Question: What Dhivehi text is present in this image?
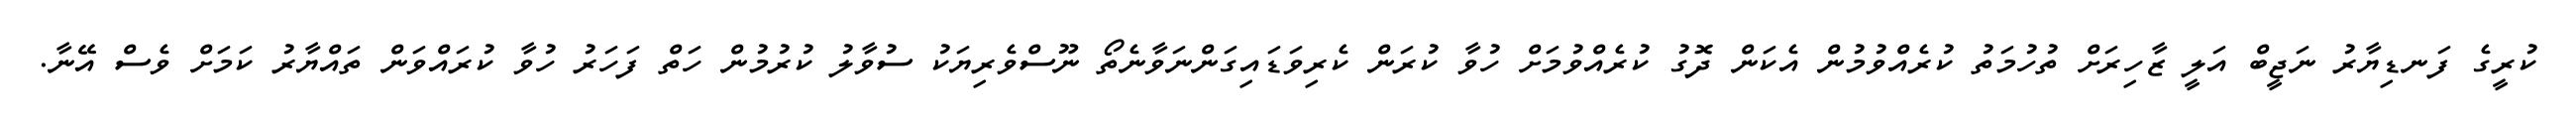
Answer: ކުރީގެ ފަނޑިޔާރު ނަޖީބް އަލީ ޒާހިރަށް ތުހުމަތު ކުރެއްވުމުން އެކަން ދޮގު ކުރެއްވުމަށް ހުވާ ކުރަން ކެރިވަޑައިގަންނަވާނެތޯ ނޫސްވެރިޔަކު ސުވާލު ކުރުމުން ހަތް ފަހަރު ހުވާ ކުރައްވަން ތައްޔާރު ކަމަށް ވެސް އޭނާ.